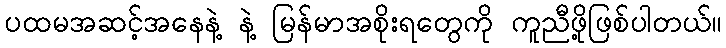
ပထမအဆင့်အနေနဲ့ နဲ့ မြန်မာအစိုးရတွေကို ကူညီဖို့ဖြစ်ပါတယ်။